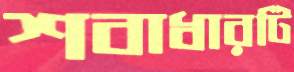
শবাধারটি